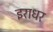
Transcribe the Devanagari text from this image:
इराधर